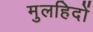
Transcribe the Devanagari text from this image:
मुलहिदों